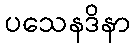
ပသေနဒိနာ